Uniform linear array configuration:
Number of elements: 48
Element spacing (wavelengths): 0.5
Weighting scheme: hann
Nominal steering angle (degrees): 60
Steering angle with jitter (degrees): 58.35
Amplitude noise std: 0.05
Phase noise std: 0.05

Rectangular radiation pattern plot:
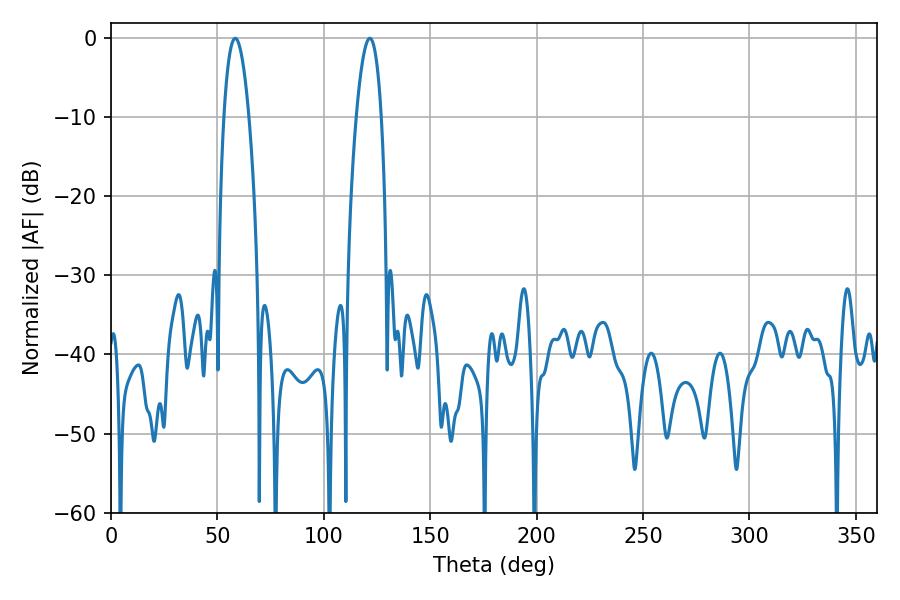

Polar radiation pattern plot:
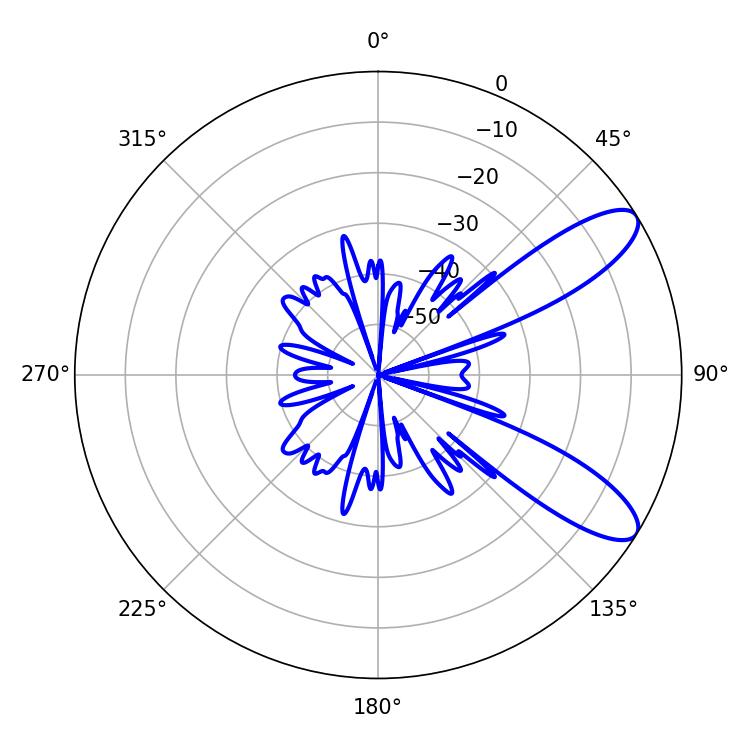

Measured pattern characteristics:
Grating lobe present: FALSE
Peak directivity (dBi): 9.819
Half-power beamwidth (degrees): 6.48
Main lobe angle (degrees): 58.32